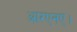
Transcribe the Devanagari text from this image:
आरएनए।